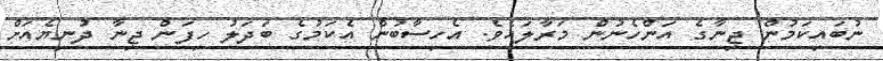
ނުބައިކަމުން ޖިނާގެ އަންހެނުން މަރާލައެވެ. އެހިސާބުން އެކަމުގެ ބަދަލު ހިފަން ޖިނާ ދުނިޔެއަށް